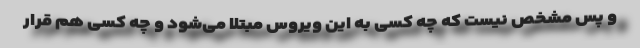
و پس مشخص نیست که چه کسی به این ویروس مبتلا می‌شود و چه کسی هم قرار